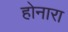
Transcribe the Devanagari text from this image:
होनारा